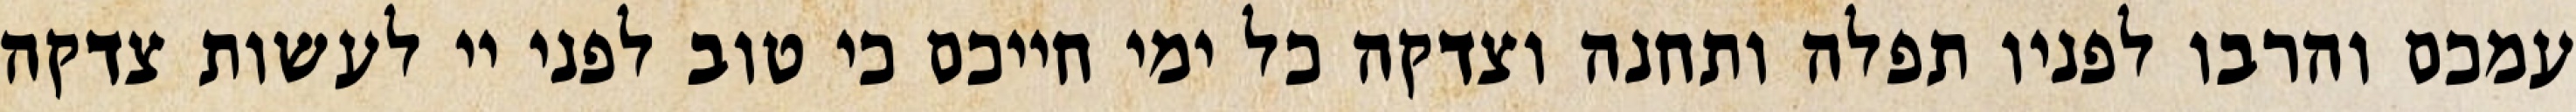
עמכם והרבו לפניו תפלה ותחנה וצדקה כל ימי חייכם כי טוב לפני יי לעשות צדקה